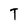
Character: T